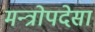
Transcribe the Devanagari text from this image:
मन्त्रोपदेसा